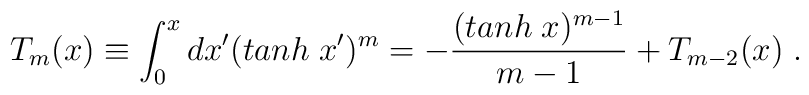
T_{m}(x) \equiv \int_0^x d x' (tanh \; x')^m = - \frac{(tanh \; x)^{m - 1}}{m - 1} + T_{m - 2}(x) \; .